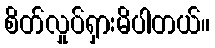
စိတ်လှုပ်ရှားမိပါတယ်။